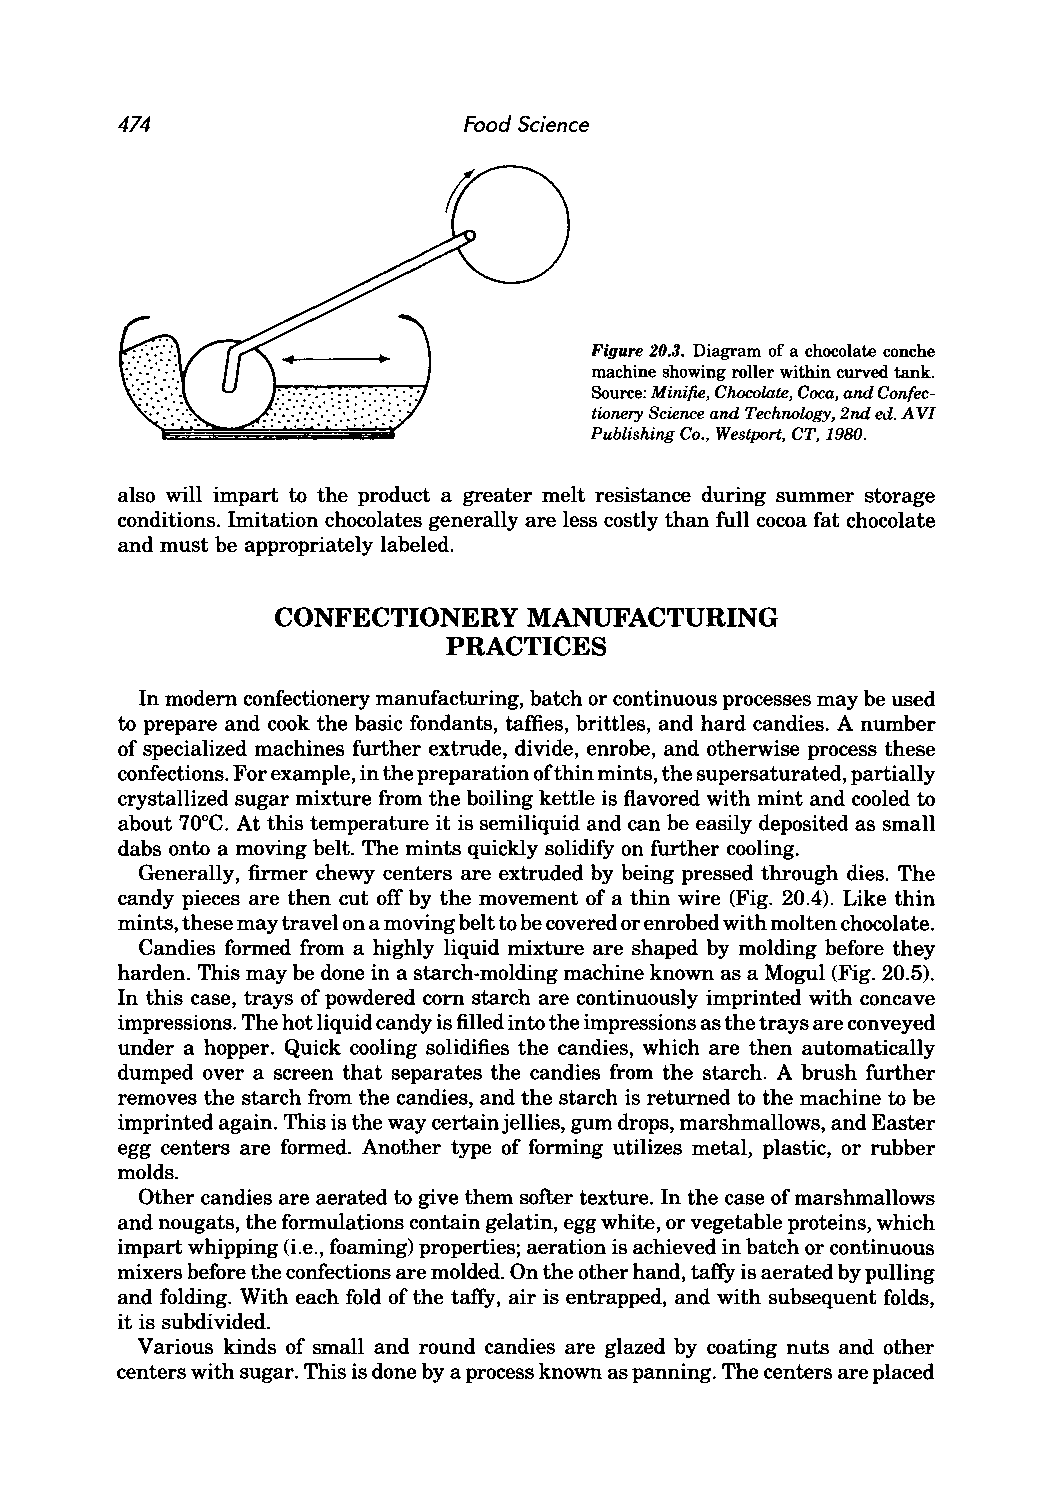
474                    Food Science
 Figure 20.3. Diagram of a chocolate conche
 machine showing roller within curved tank.
 Source: Mini/ie, Chocolate, Coca, and Confec
 tionery Science and Technology, 2nd ed. A VI
 Publishing Co., Westport, CT, 1980.
 also will impart to the product a greater melt resistance during summer storage
 conditions. Imitation chocolates generally are less costly than full cocoa fat chocolate
 and must be appropriately labeled.
 CONFECTIONERY    MANUFACTURING
 PRACTICES
 In modem confectionery manufacturing, batch or continuous processes may be used
 to prepare and cook the basic fondants, taffies, brittles, and hard candies. A number
 of specialized machines further extrude, divide, enrobe, and otherwise process these
 confections. For example, in the preparation ofthin mints, the supersaturated, partially
 crystallized sugar mixture from the boiling kettle is flavored with mint and cooled to
 about 70°C. At this temperature it is semiliquid and can be easily deposited as small
 dabs onto a moving belt. The mints quickly solidify on further cooling.
 Generally, firmer chewy centers are extruded by being pressed through dies. The
 candy pieces are then cut off by the movement of a thin wire (Fig. 20.4). Like thin
 mints, these may travel on a moving belt to be covered or enrobed with molten chocolate.
 Candies formed from a highly liquid mixture are shaped by molding before they
 harden. This may be done in a starch-molding machine known as a Mogul (Fig. 20.5).
 In this case, trays of powdered com starch are continuously imprinted with concave
 impressions. The hot liquid candy is filled into the impressions as the trays are conveyed
 under a hopper. Quick cooling solidifies the candies, which are then automatically
 dumped over a screen that separates the candies from the starch. A brush further
 removes the starch from the candies, and the starch is returned to the machine to be
 imprinted again. This is the way certain jellies, gum drops, marshmallows, and Easter
 egg centers are formed. Another type of forming utilizes metal, plastic, or rubber
 molds.
 Other candies are aerated to give them softer texture. In the case of marshmallows
 and nougats, the formulations contain gelatin, egg white, or vegetable proteins, which
 impart whipping (i.e., foaming) properties; aeration is achieved in batch or continuous
 mixers before the confections are molded. On the other hand, taffy is aerated by pulling
 and folding. With each fold of the taffy, air is entrapped, and with subsequent folds,
 it is subdivided.
 Various kinds of small and round candies are glazed by coating nuts and other
 centers with sugar. This is done by a process known as panning. The centers are placed